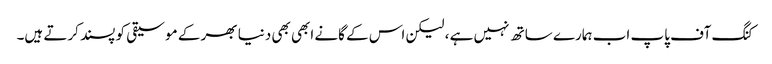
کنگ آف پاپ اب ہمارے ساتھ نہیں ہے ، لیکن اس کے گانے ابھی بھی دنیا بھر کے موسیقی کو پسند کرتے ہیں۔